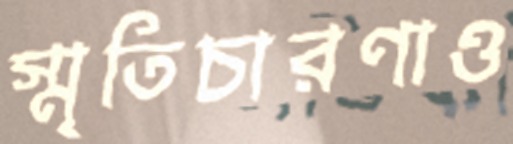
স্মৃতিচারণাও